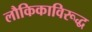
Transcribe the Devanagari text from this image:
लौकिकाविरूद्ध